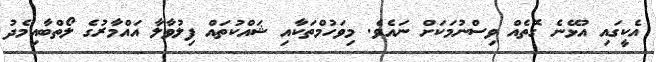
އެކީގައި އުޅޭނެ ގޮތެއް ވިސްނުމަކަށް ނައެވެ. މިވަހުމްތަކާއި ޝައްކުތައް ފިލުވާލާ އައްމާރުގެ ލޯތްބާއިމެދު